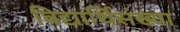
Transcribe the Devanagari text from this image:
विद्यार्थिसंख्या